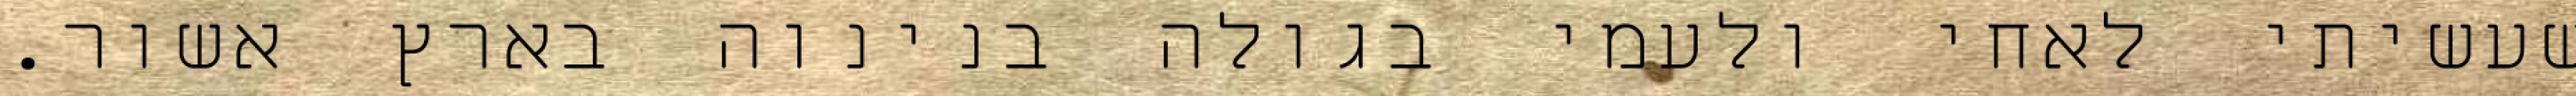
שעשיתי לאחי ולעמי בגולה בנינוה בארץ אשור.